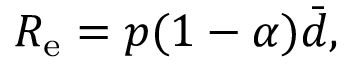
R _ { \mathrm { e } } = p ( 1 - \alpha ) \bar { d } ,